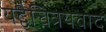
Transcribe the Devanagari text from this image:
यद्वैचित्रयवाद